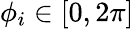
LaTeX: \phi_{i}\in[0,2\pi]